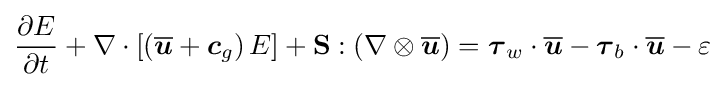
{\frac {\partial E}{\partial t}}+\nabla \cdot \left[\left({\overline {\boldsymbol {u}}}+{\boldsymbol {c}}_{g}\right)E\right]+\mathbf {S} :\left(\nabla \otimes {\overline {\boldsymbol {u}}}\right)={\boldsymbol {\tau }}_{w}\cdot {\overline {\boldsymbol {u}}}-{\boldsymbol {\tau }}_{b}\cdot {\overline {\boldsymbol {u}}}-\varepsilon